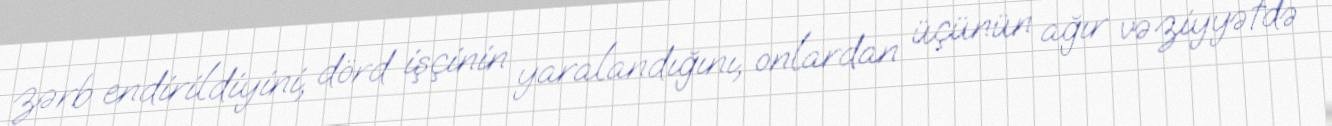
zərb endirildiyini, dörd işçinin yaralandığını, onlardan üçünün ağır vəziyyətdə